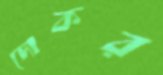
দোকর